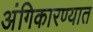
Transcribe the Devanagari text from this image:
अंगिकारण्यात